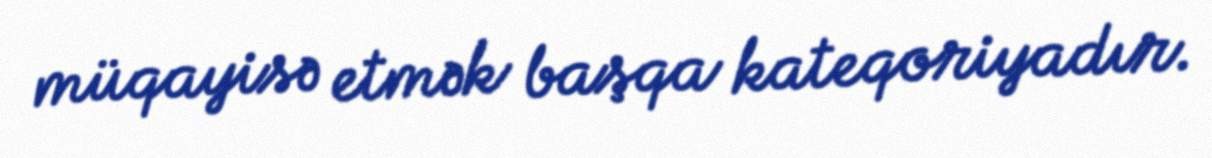
müqayisə etmək başqa kateqoriyadır.